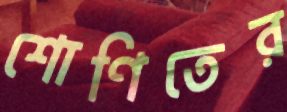
শোণিতের